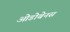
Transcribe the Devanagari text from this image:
ओडोबेनस